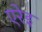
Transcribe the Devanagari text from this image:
एरेइ